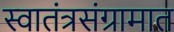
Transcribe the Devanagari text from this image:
स्वातंत्रसंग्रामात